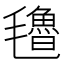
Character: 氌